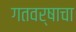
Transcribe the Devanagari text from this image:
गतवर्षाचा